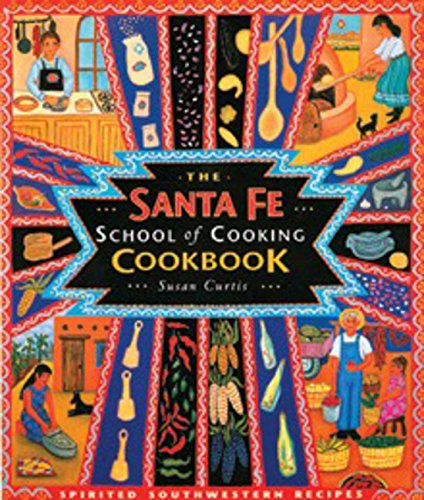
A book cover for The Santa Fe School of Cooking Cookbook; Susan D. Curtis; Cookbooks, Food & Wine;